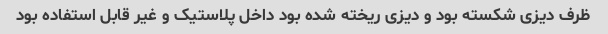
ظرف دیزی شکسته بود و دیزی ریخته شده بود داخل پلاستیک و غیر قابل استفاده بود